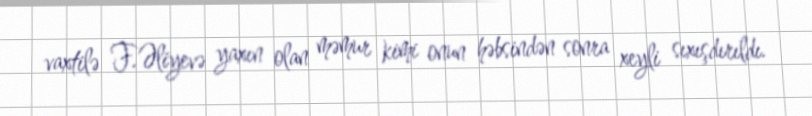
vaxtilə F.Əliyevə yaxın olan məmur kimi onun həbsindən sonra xeyli sıxışdırıldı.